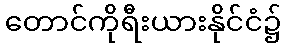
တောင်ကိုရီးယားနိုင်ငံ၌